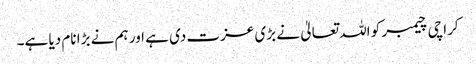
کراچی چیمبر کو اللہ تعالیٰ نے بڑی عزت دی ہے اور ہم نے بڑا نام دیا ہے۔